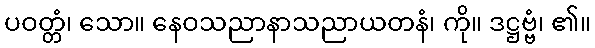
ပဝတ္တံ၊ သော။ နေဝသညာနာသညာယတနံ၊ ကို။ ဒဋ္ဌဗ္ဗံ၊ ၏။